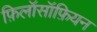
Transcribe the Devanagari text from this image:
फ़िलॉसॉफ़ियन